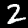
Label: 2